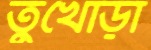
তুখোড়া